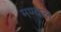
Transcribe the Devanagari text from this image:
मण्दल